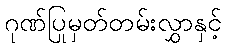
ဂုဏ်ပြုမှတ်တမ်းလွှာနှင့်